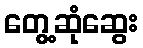
တွေ့ဆုံဆွေး